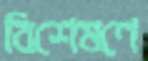
বিশেষণে